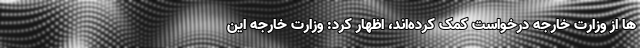
ها از وزارت خارجه درخواست کمک کرده‌اند، اظهار کرد: وزارت خارجه این